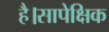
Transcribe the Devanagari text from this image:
है।सापेक्षिक